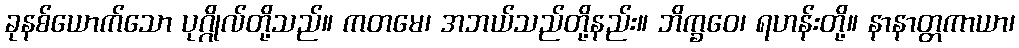
ခုနစ်ယောက်သော ပုဂ္ဂိုလ်တို့သည်။ ကတမေ၊ အဘယ်သည်တို့နည်း။ ဘိက္ခဝေ၊ ရဟန်းတို့။ နာနာတ္တကာယာ၊